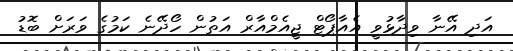
އަދި އޭނާ ވިދާޅުވީ އެއާޕޯޓް ޖީއެމްއާރް އަތުން ހޯދޭނެ ކަމުގެ ވަރަށް ބޮޑު